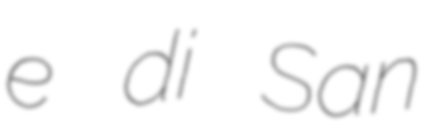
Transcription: e di San